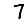
Digit: 7